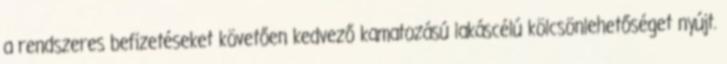
a rendszeres befizetéseket követően kedvező kamatozású lakáscélú kölcsönlehetőséget nyújt.